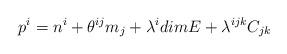
LaTeX: \begin{align*}p^{i} = n^{i} + \theta^{ij}m_{j} + \lambda^{i}dimE +\lambda^{ijk} C_{jk}\end{align*}